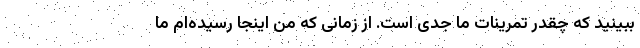
ببینید که چقدر تمرینات ما جدی است. از زمانی که من اینجا رسیده‌ام ما